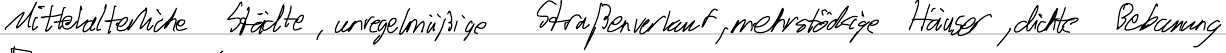
Mittelalterliche Städte, unregelmäßige Straßenverlauf, mehrstöckige Häuser, dichte Bebauung